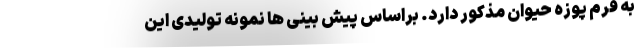
به فرم پوزه حیوان مذکور دارد. براساس پیش بینی ها نمونه تولیدی این